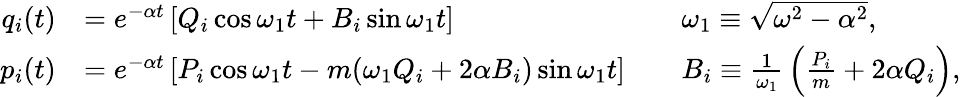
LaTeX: {\begin{array}{rlrl}{q_{i}(t)}&{=e^{-\alpha t}\left[Q_{i}\cos{\omega_{1}t}+B_{i}\sin{\omega_{1}t}\right]}&&{\omega_{1}\equiv{\sqrt{\omega^{2}-\alpha^{2}}},}\\ {p_{i}(t)}&{=e^{-\alpha t}\left[P_{i}\cos{\omega_{1}t}-m(\omega_{1}Q_{i}+2\alpha B_{i})\sin{\omega_{1}t}\right]}&&{B_{i}\equiv{\frac{1}{\omega_{1}}}\left({\frac{P_{i}}{m}}+2\alpha Q_{i}\right),}\end{array}}